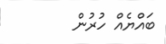
ބައްޔެއް ހުރުން